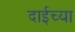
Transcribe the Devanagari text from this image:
दाईच्या